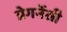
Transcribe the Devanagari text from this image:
प्रेगनेंसी